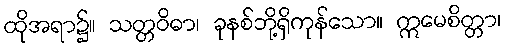
ထိုအရာ၌။ သတ္တဝိဓာ၊ ခုနစ်ဘို့ရှိကုန်သော။ ဣမေစိတ္တာ၊